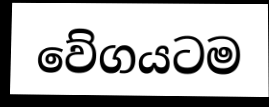
වේගයටම